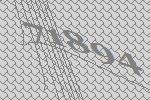
71894